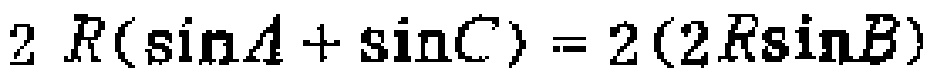
\(2R(\sin A+\sin C)=2(2R\sin B)\)